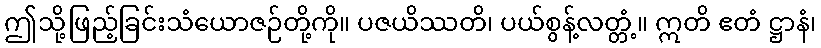
ဤသို့ဖြည့်ခြင်းသံယောဇဉ်တို့ကို။ ပဇယိဿတိ၊ ပယ်စွန့်လတ္တံ့။ ဣတိ ဧတံ ဋ္ဌာနံ၊